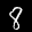
Label: 8